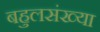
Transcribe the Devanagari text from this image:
बहुलसंख्या